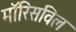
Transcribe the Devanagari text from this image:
मॉरिसविल